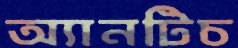
অ্যানটিচ